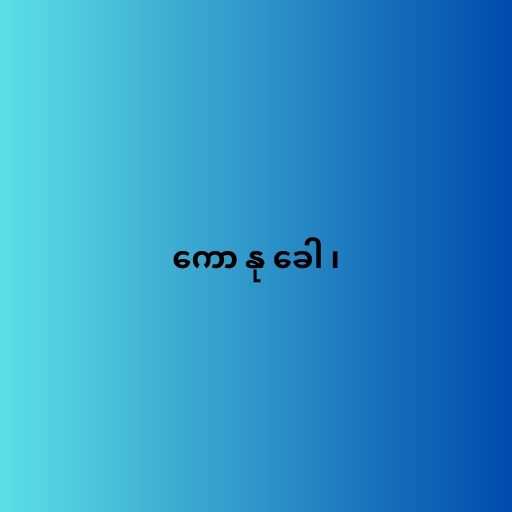
ကော နု ခေါ ၊